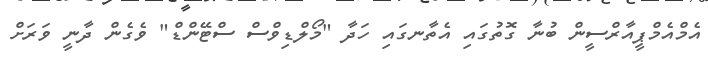
އެމްއެމްޕީއާރްސީން ބުނާ ގޮތުގައި އެތާނގައި ހަދާ "މޯލްޑިވްސް ސްޓޭންޑް" ވެގެން ދާނީ ވަރަށް